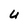
Character: U